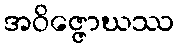
အဝိဇ္ဇောဃဿ